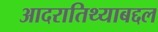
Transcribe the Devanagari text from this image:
आदरातिथ्याबद्दल